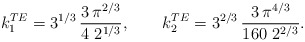
\begin{align*} k_1^{TE}=3^{1/3}\, \frac{3\, \pi^{2/3}}{4\ 2^{1/3}}, \qquad k_2^{TE}= {3}^{{2}/{3}}\, \frac{3\,{\pi }^{{4}/{3}}} {160\ 2^{2/3}}.\end{align*}